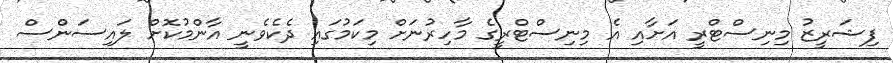
ފިޝަރީޒު މިނިސްޓްރީ އަށާއި އެ މިނިސްޓްރީގެ މާހިރުނަށް މިކަމުގައި ދެކެވެނީ އާންމުކޮށް ލައިސަންސް